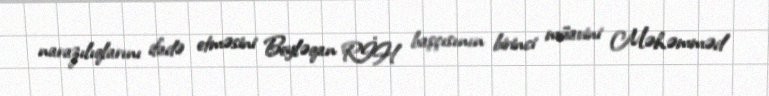
narazılıqlarını ifadə etməsini Beyləqan RİH başçısının birinci müavini Məhəmməd